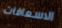
الاسعافات